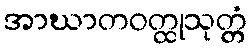
အာဃာတဝတ္ထုသုတ္တံ